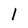
Character: 1